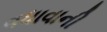
વધાવાની